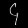
Digit: ၄